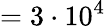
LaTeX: =3\cdot 10^{4}